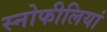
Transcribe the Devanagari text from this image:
स्नोफीलियां